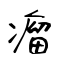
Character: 瘤